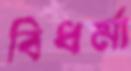
বিধর্মা